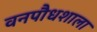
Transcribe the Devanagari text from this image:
वनपौधशाला